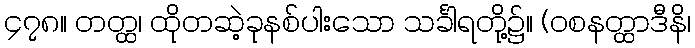
၄၇၈။ တတ္ထ၊ ထိုတဆဲ့ခုနစ်ပါးသော သင်္ခါရတို့၌။ (ဝစနတ္ထာဒီနိ၊